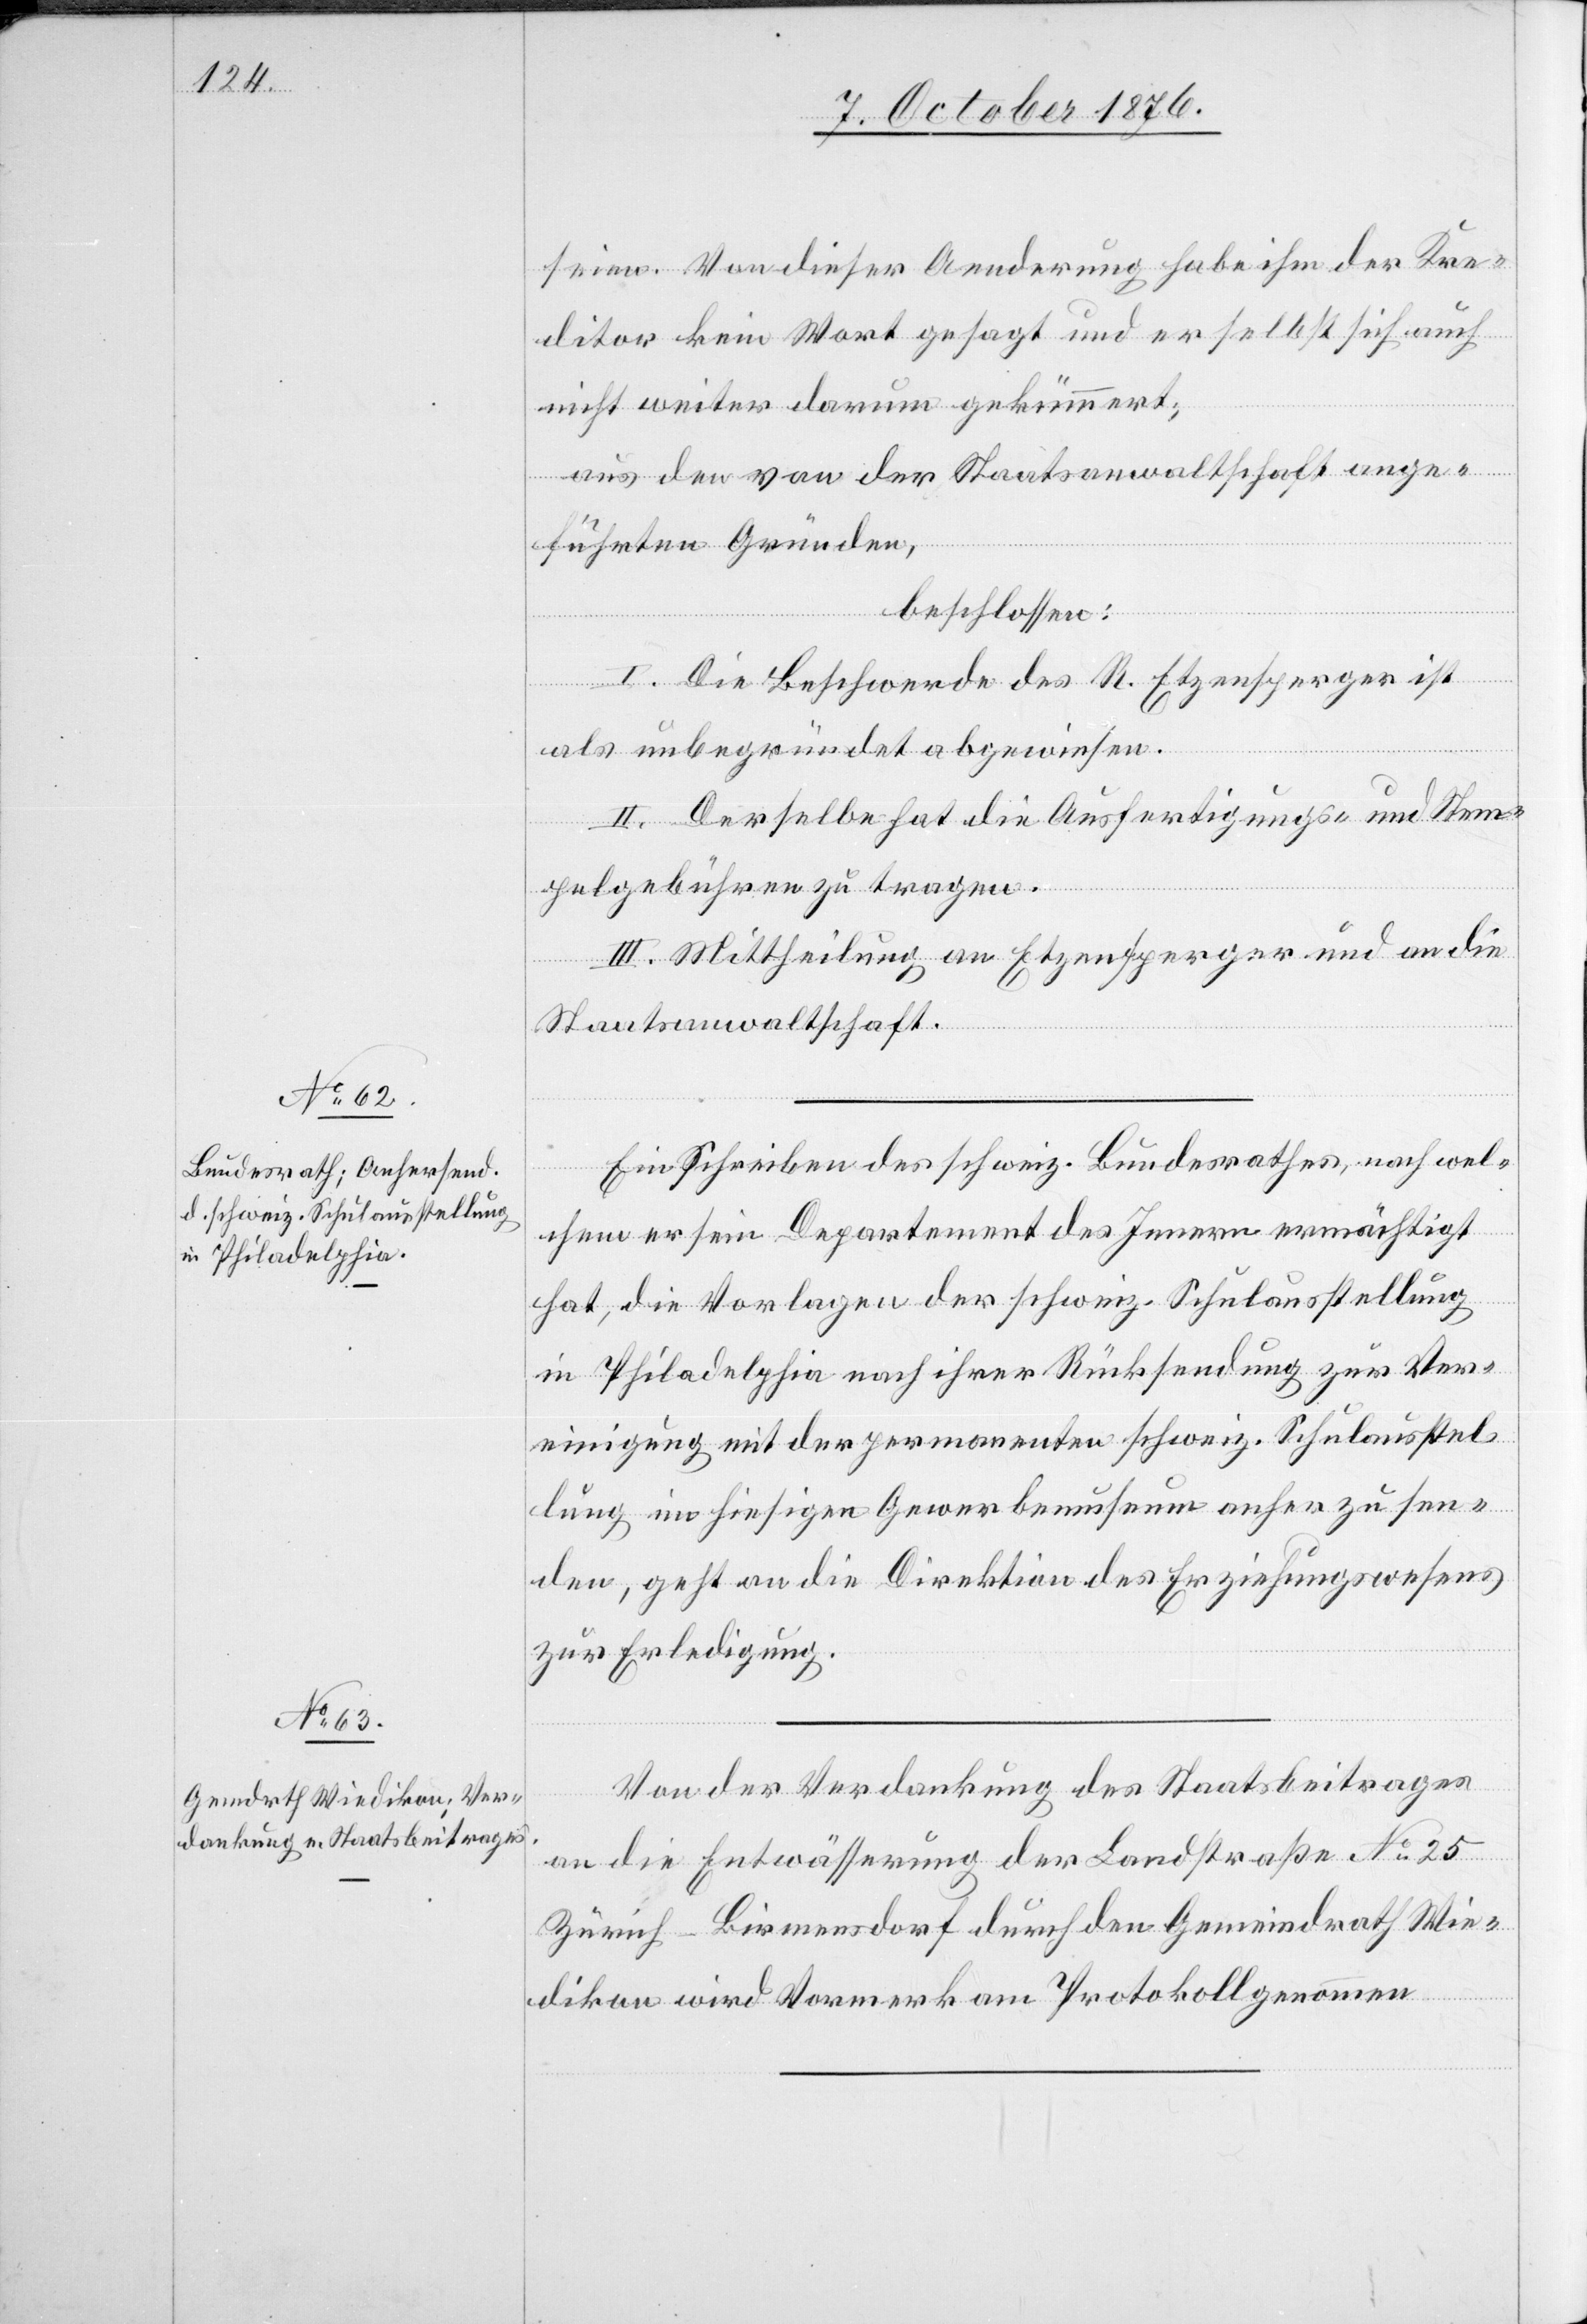
seien. Von dieser Aenderung habe ihm der Kre¬
ditor kein Wort gesagt und er selbst sich auch
nicht weiter darum gekümmert;
aus den von der Staatsanwaltschaft ange¬
führten Gründen,
beschlossen:
I. Die Beschwerde des R. Etzensperger ist
als unbegründet abgewiesen.
II. Derselbe hat die Ausfertigungs- und Stem¬
pelgebühren zu tragen.
III. Mittheilung an Etzensperger und an die
Staatsanwaltschaft.
Ein Schreiben des schweiz. Bundesrathes, nach wel¬
chem er sein Departement des Innern ermächtigt
hat, die Vorlagen der schweiz. Schulausstellung
in Philadelphia nach ihrer Rücksendung zur Ver¬
einigung mit der permanenten schweiz. Schulausstel¬
lung im hiesigen Gewerbemuseum anher zu sen¬
den, geht an die Direktion des Erziehungswesens
zur Erledigung.
Von der Verdankung des Staatsbeitrages
an die Entwässerung der Landstraße No 25
Zürich–Birmensdorf durch den Gemeindrath Wie¬
dikon wird Vormerk am Protokoll genommen.